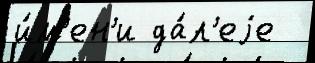
и́м'ен'и да́л'еjе